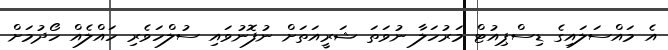
އެ މައްސަލައިގެ ޑިސްޕިއުޓް މަރުހަލާ ނުވަތަ ޝަރީއަތަށް ނުފޮނުވައި ސުލްހަވެރި ހައްލެއް ހޯދުމަށް